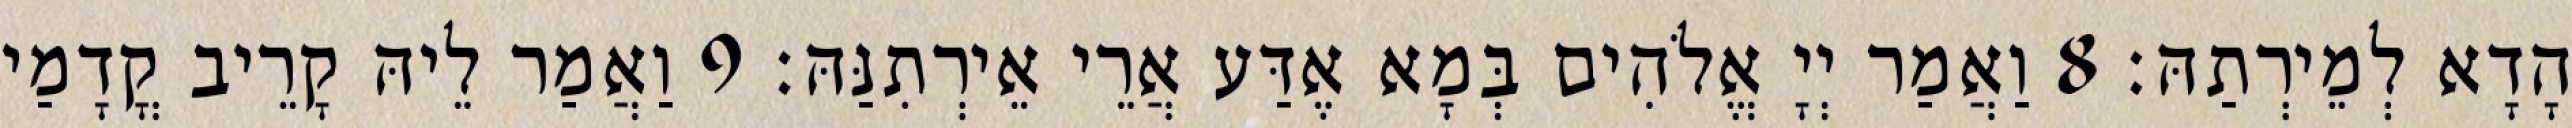
הָדָא לְמֵירְתַהּ׃ 8 וַאֲמַר יְיָ אֱלֹהִים בְּמָא אֶדַּע אֲרֵי אֵירְתִנַּהּ׃ 9 וַאֲמַר לֵיהּ קָרֵיב קֳדָמַי